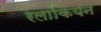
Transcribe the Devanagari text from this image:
रेलाकियन